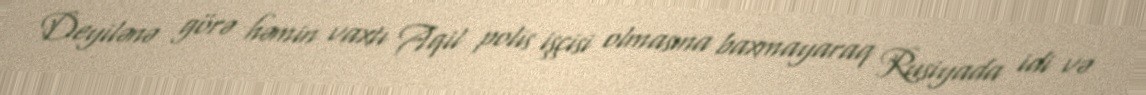
Deyilənə görə həmin vaxtı Aqil polis işçisi olmasına baxmayaraq Rusiyada idi və